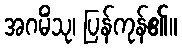
အဂမိံသု၊ ပြန်ကုန်၏။